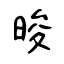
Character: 晙